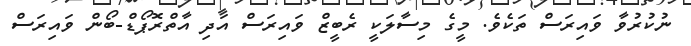
ނުކުރުވާ ވައިރަސް ތަކެވެ. މީގެ މިސާލަކީ ރެބީޒް ވައިރަސް އަދި އާތްރޮޕޯޑް-ބޯން ވައިރަސް